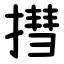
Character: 㨹